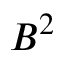
B ^ { 2 }